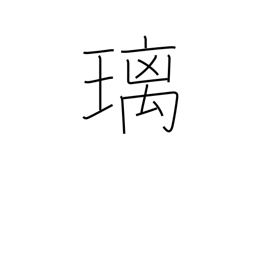
Meaning: lapis lazuli